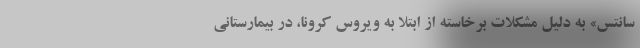
سانتس» به دلیل مشکلات برخاسته از ابتلا به ویروس کرونا، در بیمارستانی